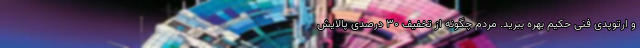
و ارتوپدی فنی حکیم بهره ببرید. مردم چگونه از تخفیف ۳۰ درصدی پالایش